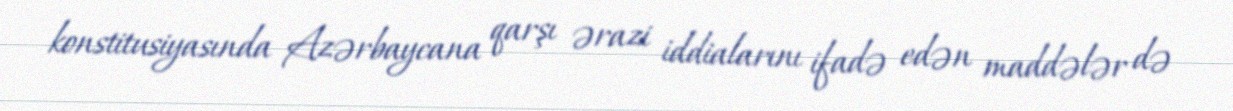
konstitusiyasında Azərbaycana qarşı ərazi iddialarını ifadə edən maddələr də